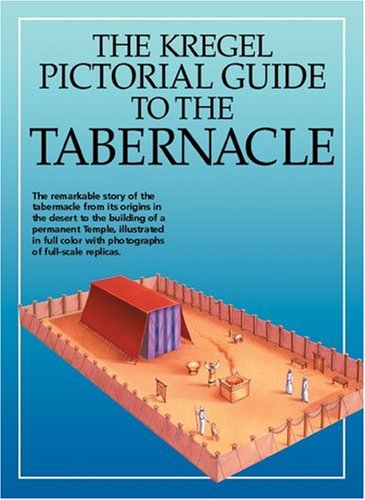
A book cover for Kregel Pictorial Guide to the Tabernacle (Kregel Pictorial Guides) (The Kregel Pictorial Guide Series); Tim Dowley; Christian Books & Bibles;